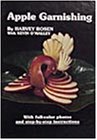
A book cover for Apple Garnishing; Harvey Rosen; Cookbooks, Food & Wine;